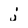
Character: j